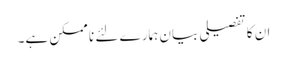
ان کا تفصیلی بیان ہمارے لئے نا ممکن ہے۔